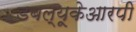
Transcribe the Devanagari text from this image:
डबल्यूकेआरपी